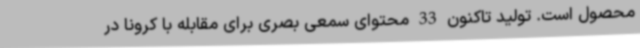
محصول است. تولید تاکنون 33 محتوای سمعی بصری برای مقابله با کرونا در